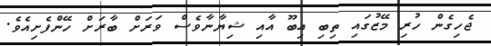
ޖެހިގެން ހުރި މޭޒުގައި ތިބި އިބޫ އާއި ޝިޔާނާވެސް ވަރަށް ބާރަށް ހޭންފެށިއެވެ.